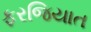
ફરજિયાત